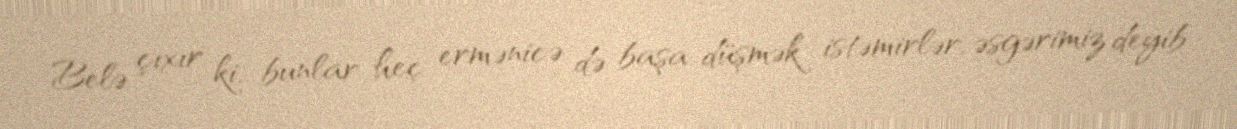
Belə çıxır ki, bunlar heç ermənicə də başa düşmək istəmirlər, əsgərimiz deyib